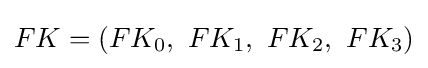
FK=(FK_{0},\ FK_{1},\ FK_{2},\ FK_{3})